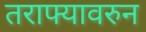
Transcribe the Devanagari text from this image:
तराफ्यावरुन